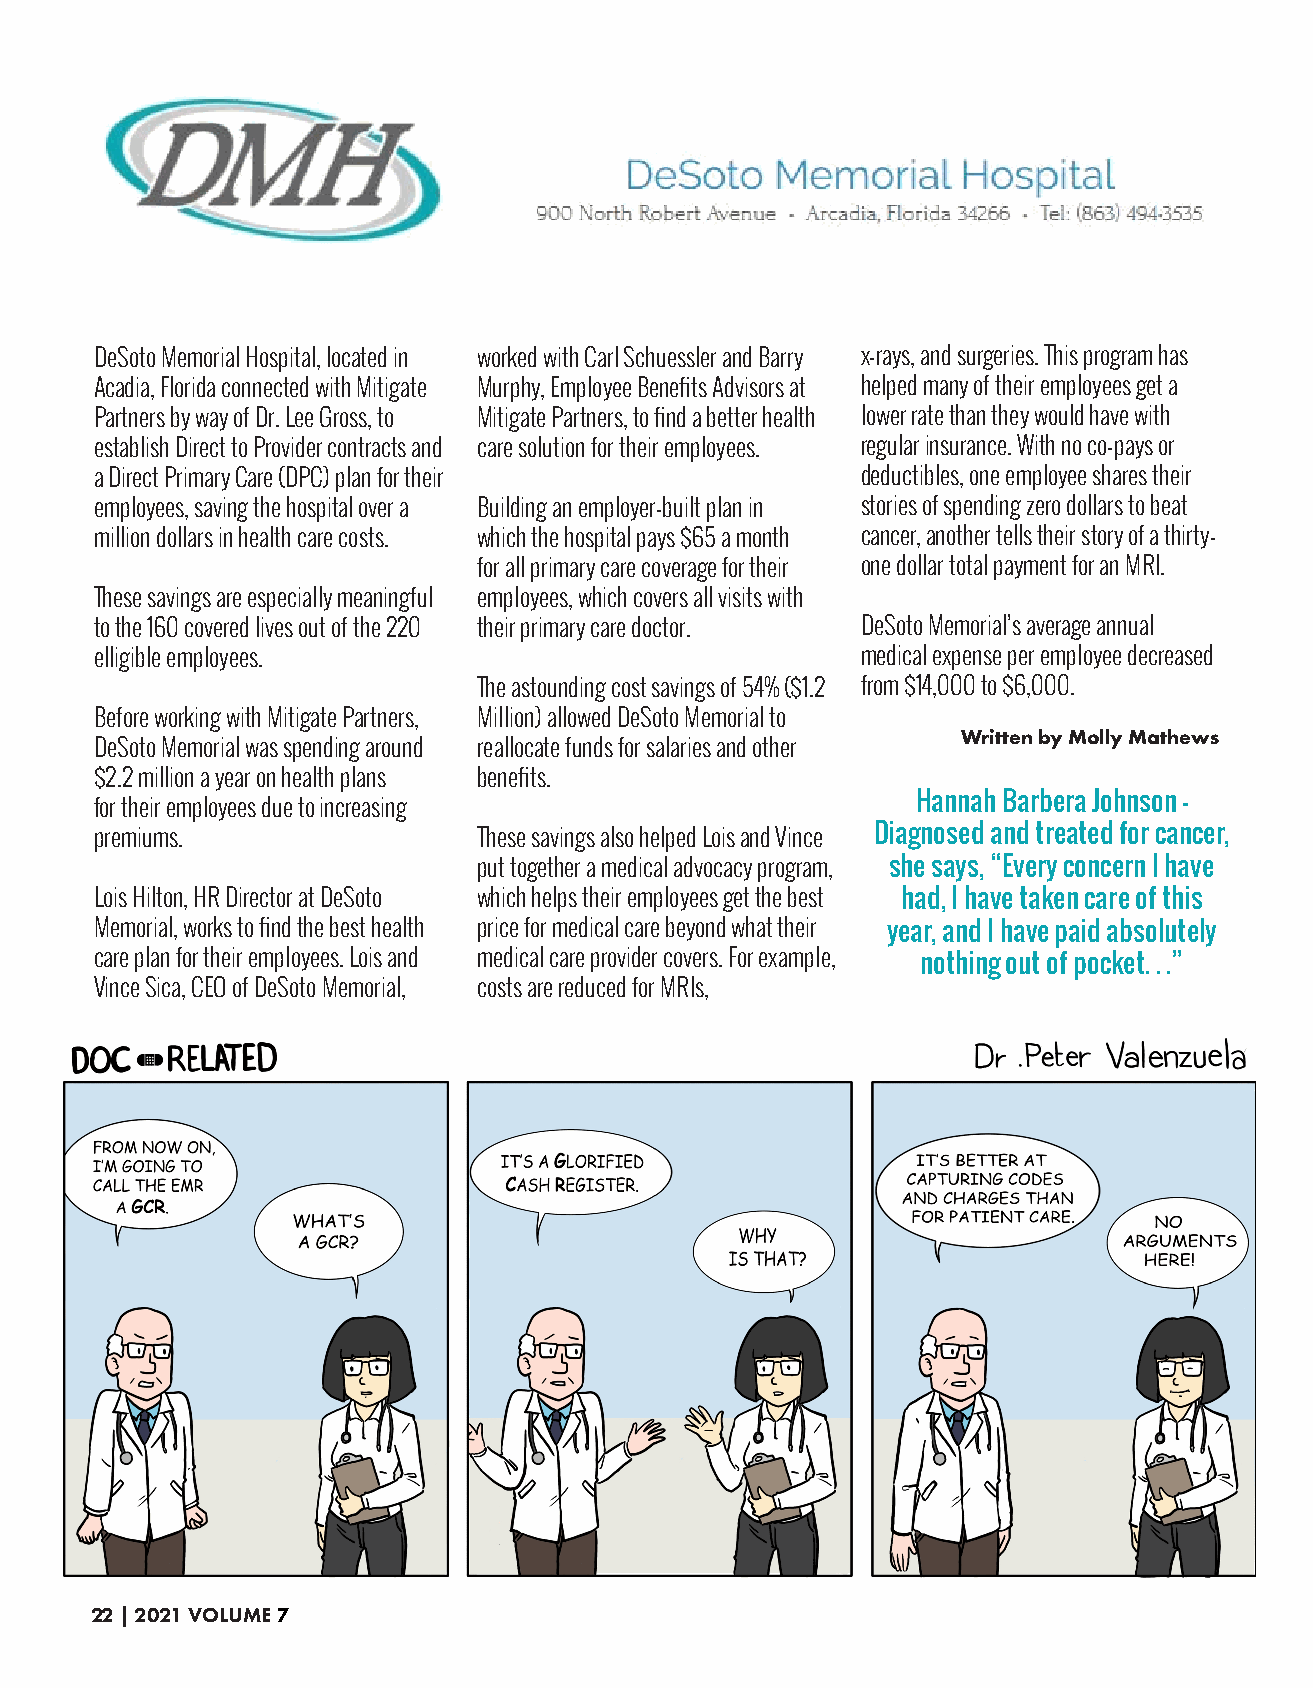
DeSoto Memorial Hospital, located in worked with Carl Schuessler and Barry x-rays, and surgeries. This program has
 Acadia, Florida connected with Mitigate Murphy, Employee Benefits Advisors at helped many of their employees get a
 Partners by way of Dr. Lee Gross, to Mitigate Partners, to find a better health lower rate than they would have with
 establish Direct to Provider contracts and care solution for their employees. regular insurance. With no co-pays or
 a Direct Primary Care (DPC) plan for their         deductibles, one employee shares their
 employees, saving the hospital over a Building an employer-built plan in stories of spending zero dollars to beat
 million dollars in health care costs. which the hospital pays $65 a month cancer, another tells their story of a thirty-
 for all primary care coverage for their one dollar total payment for an MRI.
 These savings are especially meaningful employees, which covers all visits with
 to the 160 covered lives out of the 220 their primary care doctor. DeSoto Memorial’s average annual
 elligible employees.                               medical expense per employee decreased
 The astounding cost savings of 54% ($1.2 from $14,000 to $6,000.
 Before working with Mitigate Partners, Million) allowed DeSoto Memorial to
 Written by Molly Mathews
 DeSoto Memorial was spending around reallocate funds for salaries and other
 $2.2 million a year on health plans benefits.
 for their employees due to increasing                  Hannah Barbera Johnson -
 premiums.                 These savings also helped Lois and Vince Diagnosed and treated for cancer,
 put together a medical advocacy program, she says, “Every concern I have
 Lois Hilton, HR Director at DeSoto which helps their employees get the best had, I have taken care of this
 Memorial, works to find the best health price for medical care beyond what their year, and I have paid absolutely
 care plan for their employees. Lois and medical care provider covers. For example,
 nothing out of pocket. . .”
 Vince Sica, CEO of DeSoto Memorial, costs are reduced for MRIs,
 22 | 2021 VOLUME 7